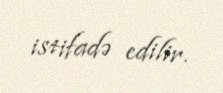
istifadə edilir.